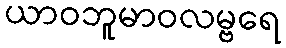
ယာဝဘူမာဝလမ္ဗရေ